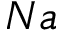
N a